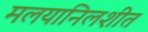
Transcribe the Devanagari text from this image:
मलयानिलशीत